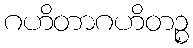
ဂဟိတာဂဟိတဉ္စ